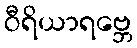
ဝီရိယာရဗ္ဘေ